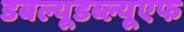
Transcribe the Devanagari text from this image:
डबल्यूडब्ल्यूएफ